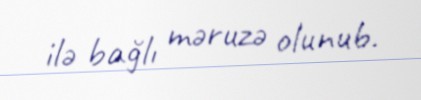
ilə bağlı məruzə olunub.